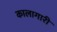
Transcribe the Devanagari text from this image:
कालागारी